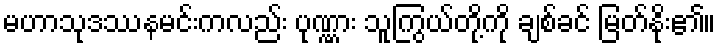
မဟာသုဒဿနမင်းကလည်း ပုဏ္ဏား သူကြွယ်တို့ကို ချစ်ခင် မြတ်နိုး၏။